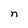
Character: n